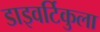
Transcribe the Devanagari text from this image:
डाइवर्टिकुला